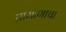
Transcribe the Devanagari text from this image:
प्रामाणाचा